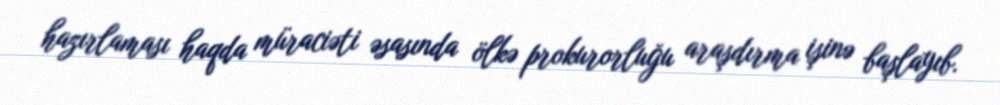
hazırlaması haqda müraciəti əsasında ölkə prokurorluğu araşdırma işinə başlayıb.